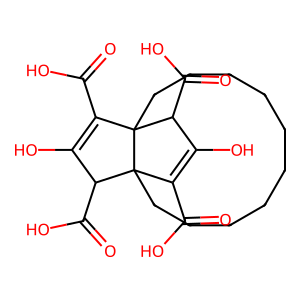
SMILES: O=C(O)C1=C(O)C(C(=O)O)C23CCCCCCCCCCC12C(C(=O)O)C(O)=C3C(=O)O
Inhibits HIV replication: No